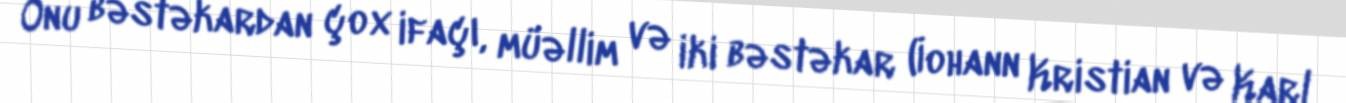
Onu bəstəkardan çox ifaçı, müəllim və iki bəstəkar (İohann Kristian və Karl